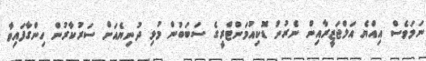
ނަމަވެސް އިއްޔެ އަލްޖަޒީރާއިން ނެރުނު ޑޮކިއުމަންޓްރީގެ ސަބަބުން މުޅި ދުނިޔެއަށް ސަރުކާރުން ހިންގާފައިވާ